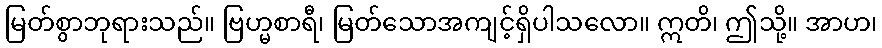
မြတ်စွာဘုရားသည်။ ဗြဟ္မစာရီ၊ မြတ်သောအကျင့်ရှိပါသလော။ ဣတိ၊ ဤသို့။ အာဟ၊